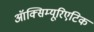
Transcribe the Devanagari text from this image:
ऑक्सिम्यूरिएटिक